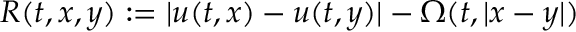
R ( t , x , y ) : = | u ( t , x ) - u ( t , y ) | - \Omega ( t , | x - y | )